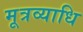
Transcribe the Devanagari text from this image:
मूत्रव्याधि